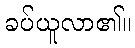
ခပ်ယူလာ၏။